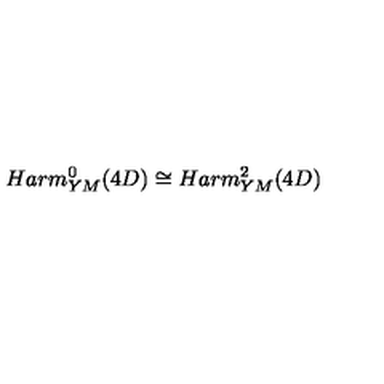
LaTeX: H a r m _ { Y M } ^ { 0 } ( 4 D ) \cong H a r m _ { Y M } ^ { 2 } ( 4 D )